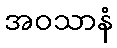
အဝသာနံ